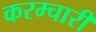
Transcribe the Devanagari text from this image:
करम्चारी